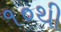
૧૦થી